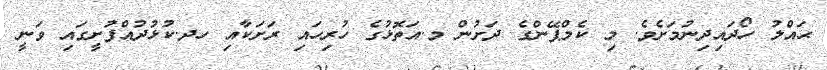
ޙައްލު ހޯދައިދިނުމަށެވެ. މި ކެމްޕޭންގެ ދަށުން މ.އަތޮޅުގެ ހުރިހައި ރަށަކާއި ހދ.ކުޅުދުއްފުށީގައި ވަނީ